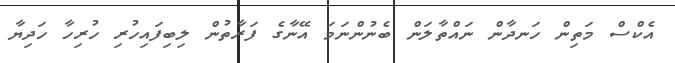
އެކްސް މަތިން ހަނދާން ނައްތާލަން ބެނުންނަމަ އޭނާގެ ފަރާތުން ލިބިފައިހުރި ހުރިހާ ހަދިޔާ